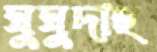
ঘুঘুদাহ